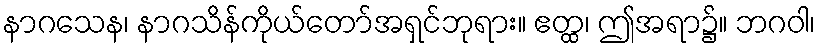
နာဂသေန၊ နာဂသိန်ကိုယ်တော်အရှင်ဘုရား။ ဧတ္ထ၊ ဤအရာ၌။ ဘဂဝါ၊